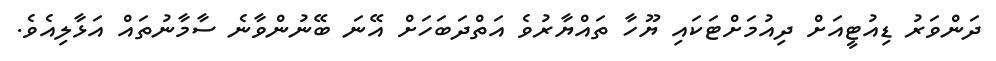
ދަންވަރު ޑިއުޓީއަށް ދިއުމަށްޓަކައި ޔޫހާ ތައްޔާރުވެ އަތްދަބަހަށް އޭނަ ބޭނުންވާނެ ސާމާނުތައް އަޅާލިއެވެ.